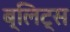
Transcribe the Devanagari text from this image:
ब्लिट्स